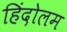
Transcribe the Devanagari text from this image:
हिंदोलम